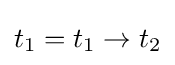
t_{1}=t_{1}\to t_{2}